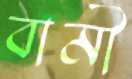
বামী